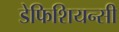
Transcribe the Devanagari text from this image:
डेफिशियन्सी